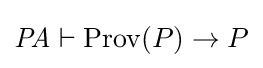
{\mathit {PA}}\vdash {\mathrm {Prov} (P)\rightarrow P}